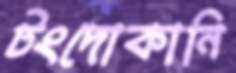
টংদোকানি